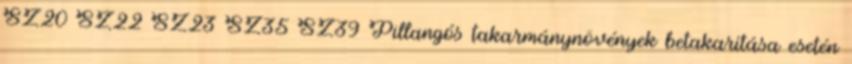
SZ20 SZ22 SZ23 SZ35 SZ39 Pillangós takarmánynövények betakarítása esetén